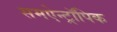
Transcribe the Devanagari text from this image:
समऐन्ट्रॉपिक